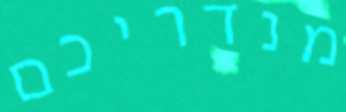
מנדריכם